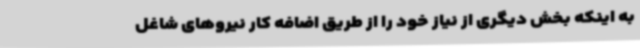
به اینکه بخش دیگری از نیاز خود را از طریق اضافه کار نیروهای شاغل